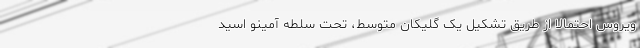
ویروس احتمالاً از طریق تشکیل یک گلیکان متوسط، تحت سلطه آمینو اسید